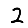
Digit: 2